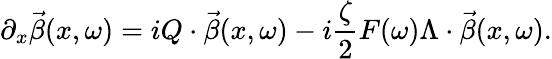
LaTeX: \partial_{x}\vec{\beta}(x,\omega)=iQ\cdot\vec{\beta}(x,\omega)-i\frac{\zeta}{2}F(\omega)\Lambda\cdot\vec{\beta}(x,\omega).